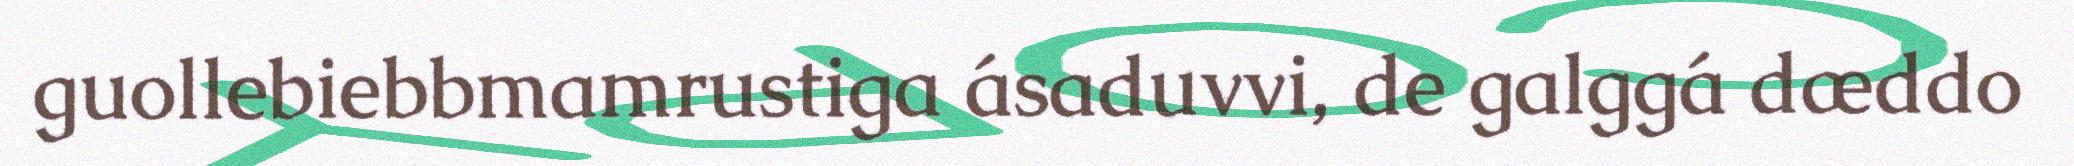
guollebiebbmamrustiga ásaduvvi, de galggá dæddo